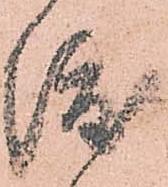
渡